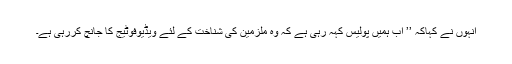
انہوں نے کہاکہ ’’ اب ہمیں پولیس کہہ رہی ہے کہ وہ ملزمین کی شناخت کے لئے ویڈیوفوٹیج کا جانچ کررہی ہے۔